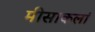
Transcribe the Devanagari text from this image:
मीसाकलां